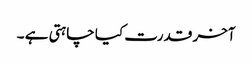
آخر قدرت کیا چاہتی ہے ۔